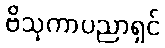
ဗိသုကာပညာရှင်